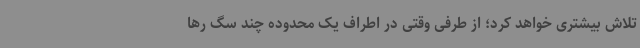
تلاش بیشتری خواهد کرد؛ از طرفی وقتی در اطراف یک محدوده چند سگ رها